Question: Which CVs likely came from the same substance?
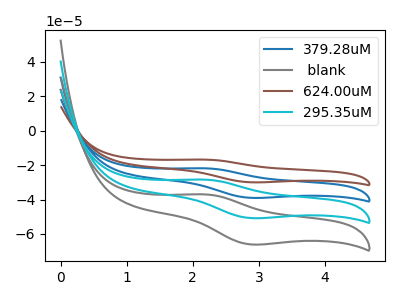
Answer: <think>The blue curve "379.28uM" has an anodic peak at (2.20V, -56.90uA) and a cathodic peak at (2.90V, -101.55uA). The gray curve " blank" has an anodic peak at (2.20V, -37.05uA) and a cathodic peak at (2.90V, -66.10uA). The brown curve "624.00uM" has an anodic peak at (2.20V, -85.40uA) and a cathodic peak at (2.90V, -152.35uA). The cyan curve "295.35uM" has an anodic peak at (2.20V, -28.45uA) and a cathodic peak at (2.90V, -50.80uA).
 All the peaks in "379.28uM" have a peak in " blank" at the same potential. All the peaks in "379.28uM" have a peak in "624.00uM" at the same potential. All the peaks in "379.28uM" have a peak in "295.35uM" at the same potential. All the peaks in " blank" have a peak in "624.00uM" at the same potential. All the peaks in " blank" have a peak in "295.35uM" at the same potential. All the peaks in "624.00uM" have a peak in "295.35uM" at the same potential.</think>
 <answer>" blank", "379.28uM", "624.00uM" and "295.35uM" have the same shape and are likely CV's of the same chemical.</answer>
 <eval>" blank" "379.28uM" "624.00uM" "295.35uM"</eval>